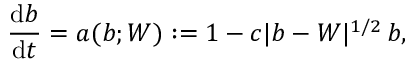
\frac { \mathrm { d } b } { \mathrm { d } t } = a ( b ; W ) : = 1 - c \lvert b - W \rvert ^ { 1 / 2 } \, b ,